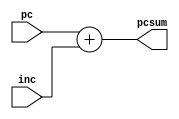
module Sum(
    input[31:0] pc,
    input[31:0] inc,
    output reg [31:0]pcsum
);


assign pcsum=pc+inc;

endmodule